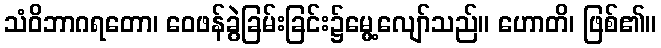
သံဝိဘာဂရတော၊ ဝေဖန်ခွဲခြမ်းခြင်း၌မွေ့လျော်သည်။ ဟောတိ၊ ဖြစ်၏။